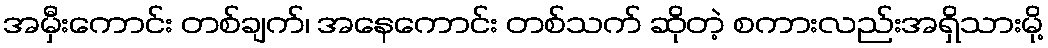
အမှီးကောင်း တစ်ချက်၊ အနေကောင်း တစ်သက် ဆိုတဲ့ စကားလည်းအရှိသားမို့